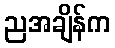
ညအချိန်က